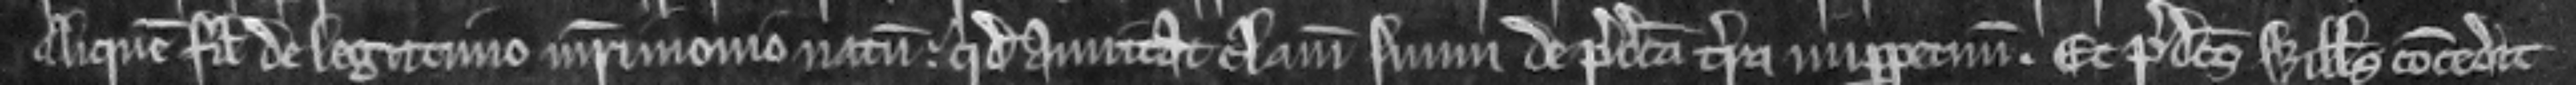
aliquem filium de legitimo matrimonio natum. quod amittat clamium suum de predicta terra inperpetuum. Et predictus Willelmus concedit